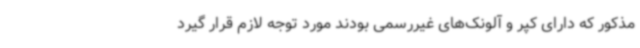
مذکور که دارای کپر و آلونک‌های غیررسمی بودند مورد توجه لازم قرار گیرد